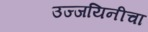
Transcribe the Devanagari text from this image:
उज्जयिनीचा